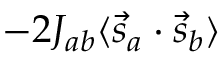
\ - 2 J _ { a b } \langle { \vec { s } } _ { a } \cdot { \vec { s } } _ { b } \rangle